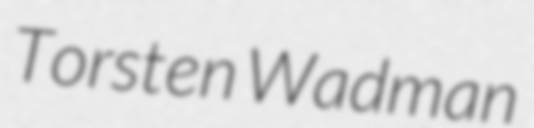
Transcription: Torsten Wadman